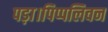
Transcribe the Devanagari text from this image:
पड़ा।पिप्पलिवन